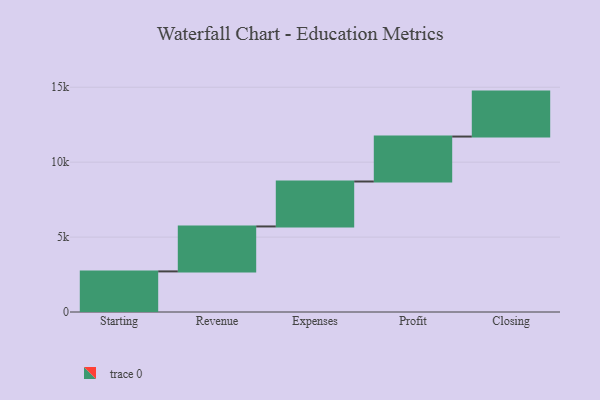
{"axis": {"x": "Step", "y": "Value"}, "legend": [""], "data": [{"x": "Starting", "y": 2710.0, "type": ""}, {"x": "Revenue", "y": 3000, "type": ""}, {"x": "Expenses", "y": 3000, "type": ""}, {"x": "Profit", "y": 3000, "type": ""}, {"x": "Closing", "y": 3000, "type": ""}]}